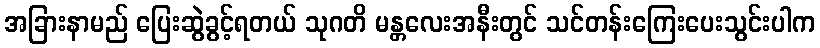
အခြားနာမည် ပြေးဆွဲခွင့်ရတယ် သုဂတိ မန္တလေးအနီးတွင် သင်တန်းကြေးပေးသွင်းပါက